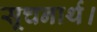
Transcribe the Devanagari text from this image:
सूचनार्थ।